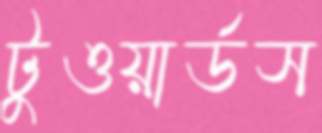
টুওয়ার্ডস